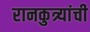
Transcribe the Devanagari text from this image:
रानकुत्र्यांची